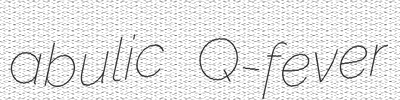
abulic Q-fever